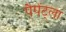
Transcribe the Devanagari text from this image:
पैपेंट्ला